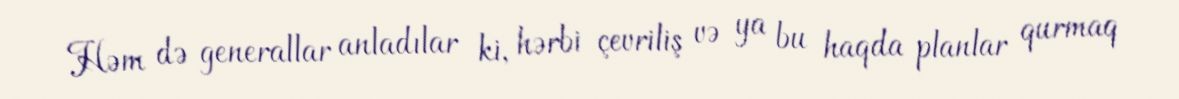
Həm də generallar anladılar ki, hərbi çevriliş və ya bu haqda planlar qurmaq